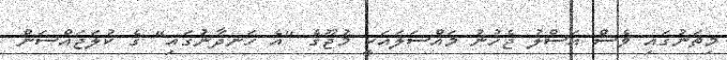
މިތަނުގައި ވެސް އަސްލު ޖެހުނު މައްސަލައަކީ މުޖޫގެ "އެ ހަނދާނުގައި" ގެ ކުލަޖައްސަން